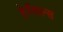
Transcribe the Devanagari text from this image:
हेरॅकल्स